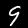
Digit: 9